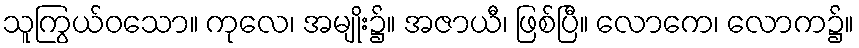
သူကြွယ်ဝသော။ ကုလေ၊ အမျိုး၌။ အဇာယီ၊ ဖြစ်ပြီ။ လောကေ၊ လောက၌။